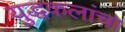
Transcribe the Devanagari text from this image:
युद्धकलांचा